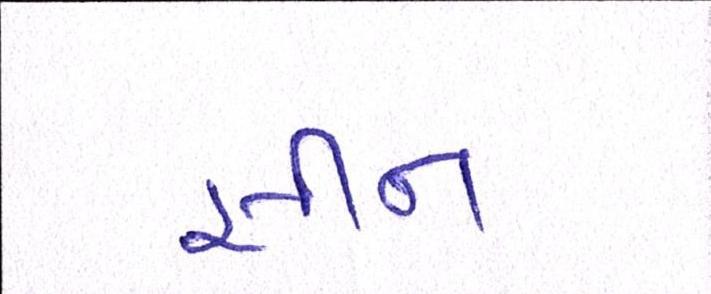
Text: સીન